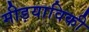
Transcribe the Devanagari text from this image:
मीड़याविकी